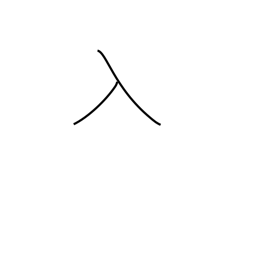
Meaning: enter